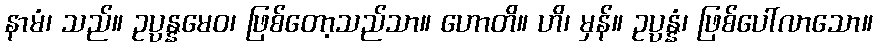
နာမံ၊ သည်။ ဥပ္ပန္နမေဝ၊ ဖြစ်တော့သည်သာ။ ဟောတိ။ ဟိ၊ မှန်။ ဥပ္ပန္နံ၊ ဖြစ်ပေါ်လာသော။